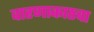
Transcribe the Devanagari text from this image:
वारणाकाठचा